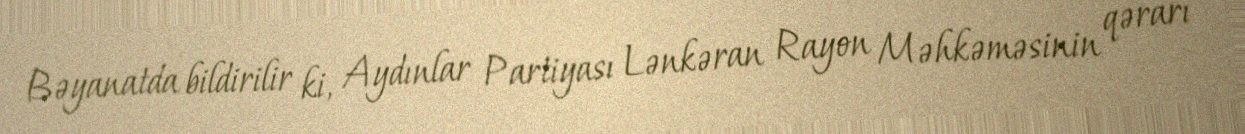
Bəyanatda bildirilir ki, Aydınlar Partiyası Lənkəran Rayon Məhkəməsinin qərarı